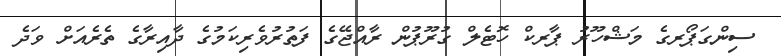
ސިންގަޕޯރގެ މަޝްހޫރު ޕާރކް ހޮޓެލް ގުރޫޕުން ރާއްޖޭގެ ފަތުރުވެރިކަމުގެ ދާއިރާގެ ތެރެއަށް ވަދެ